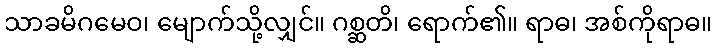
သာခမိဂမေဝ၊ မျောက်သို့လျှင်။ ဂစ္ဆတိ၊ ရောက်၏။ ရာဓ၊ အစ်ကိုရာဓ။